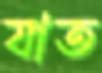
যাত